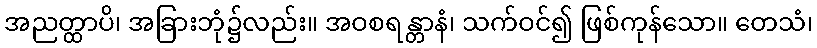
အညတ္ထာပိ၊ အခြားဘုံ၌လည်း။ အဝစရန္တာနံ၊ သက်ဝင်၍ ဖြစ်ကုန်သော။ တေသံ၊